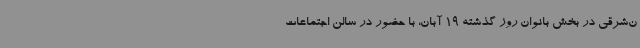
ن‌شرقی در بخش بانوان روز گذشته 19 آبان‌، با حضور در سالن اجتماعات